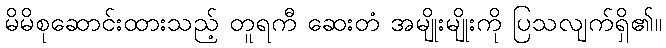
မိမိစုဆောင်းထားသည့် တူရကီ ဆေးတံ အမျိုးမျိုးကို ပြသလျက်ရှိ၏။